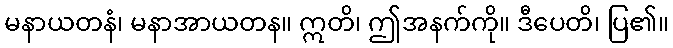
မနာယတနံ၊ မနာအာယတန။ ဣတိ၊ ဤအနက်ကို။ ဒီပေတိ၊ ပြ၏။